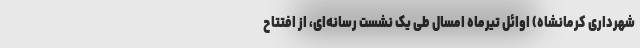
شهرداری کرمانشاه) اوائل تیرماه امسال طی یک نشست رسانه‌ای، از افتتاح